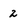
Character: 2